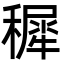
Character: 穉